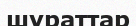
шұраттар